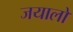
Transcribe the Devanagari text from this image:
जयालों